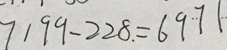
7 1 9 9 - 2 2 8 . = 6 9 7 1